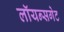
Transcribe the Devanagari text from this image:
लॉयन्सगेट